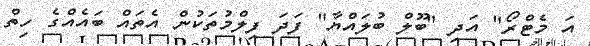
އަ މެޓްރޯ" އަދި "ބޫލް ބުލައްޔާ" ފަދަ ފިލްމުތަކުން އެތައް ބައެއްގެ ހިތް